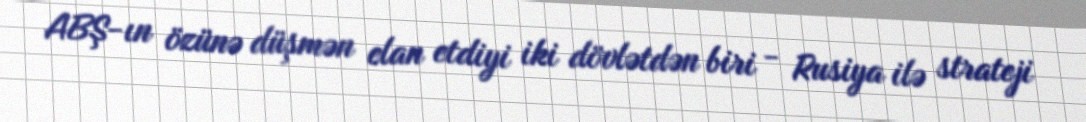
ABŞ-ın özünə düşmən elan etdiyi iki dövlətdən biri - Rusiya ilə strateji